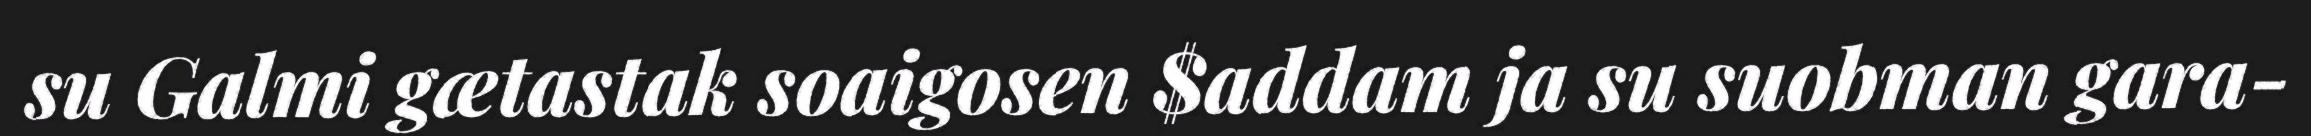
su Galmi gætastak soaigosen $addam ja su suobman gara-